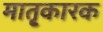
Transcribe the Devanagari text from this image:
मातृ्कारक